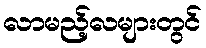
လာမည့်လများတွင်